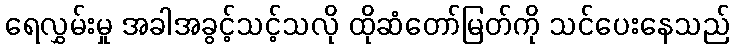
ရေလွှမ်းမှု အခါအခွင့်သင့်သလို ထိုဆံတော်မြတ်ကို သင်ပေးနေသည်